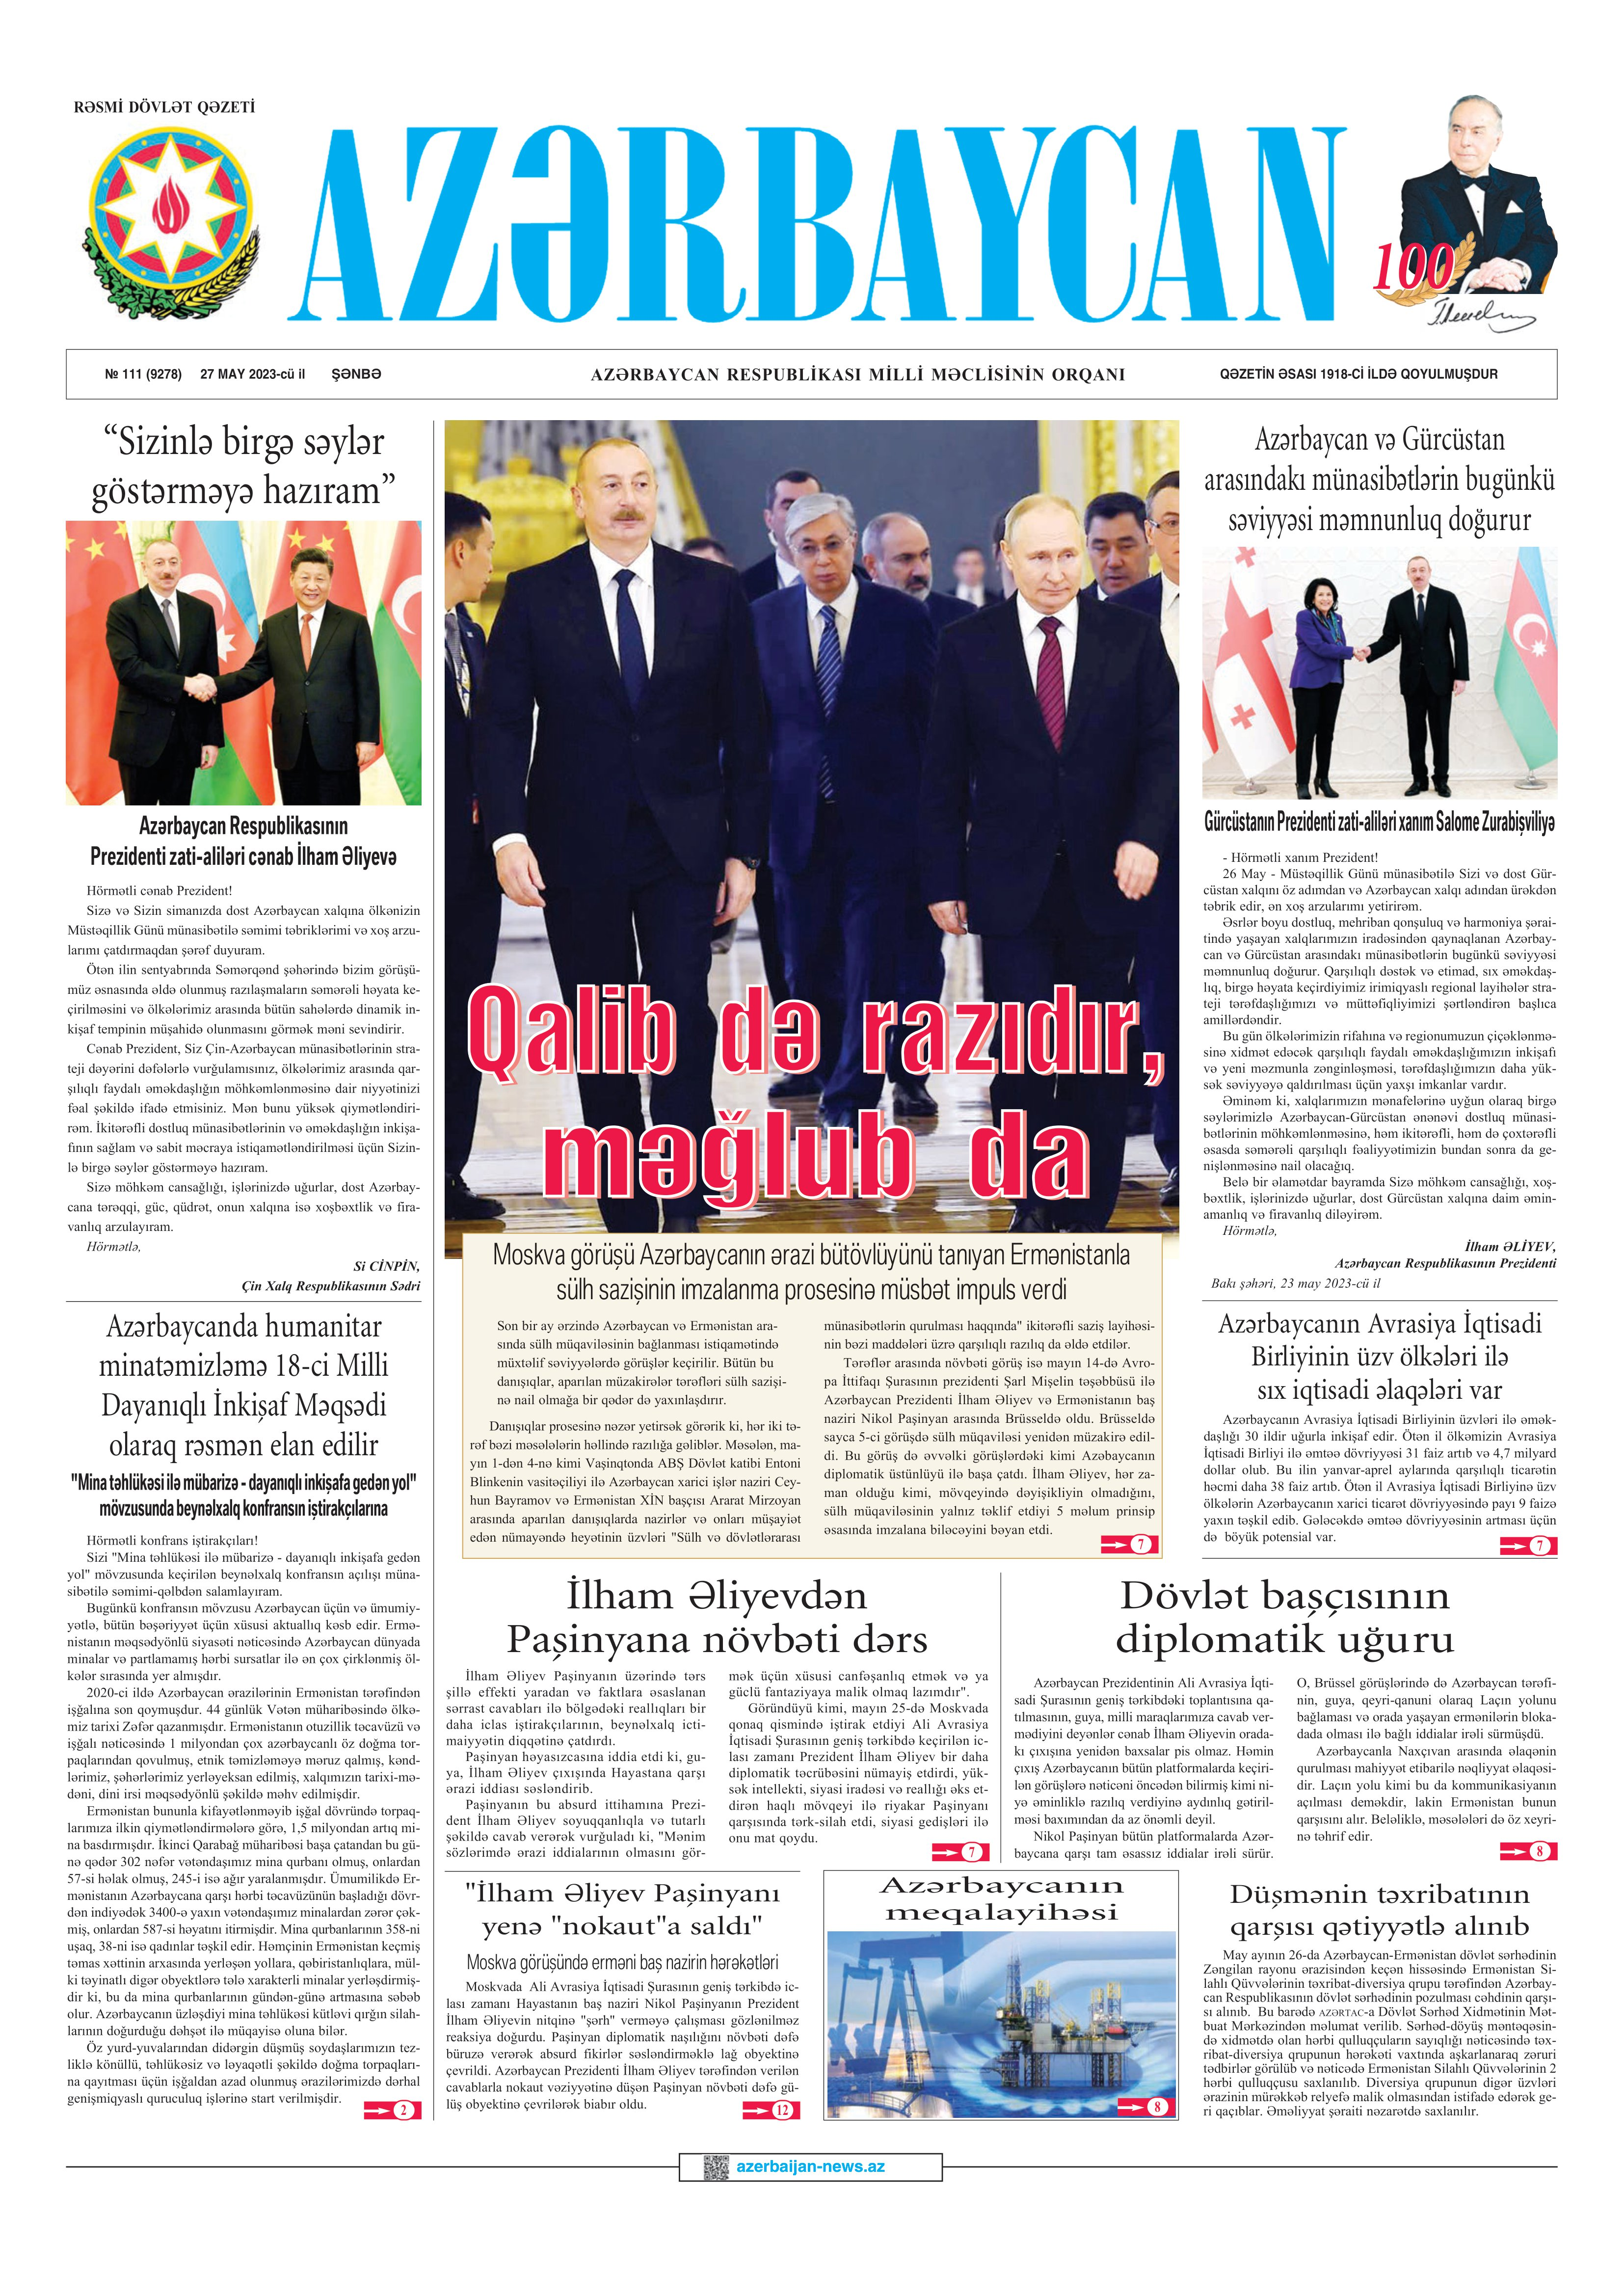
Language: az